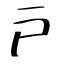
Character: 戸